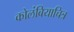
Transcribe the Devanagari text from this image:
कोलंबियाचित्र